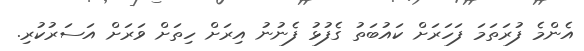
އެންމެ ފުރަތަމަ ފަހަރަށް ކައުބަތު ގެފުޅު ފެނުނު އިރަށް ހިތަށް ވަރަށް އަސަރުކުރި.